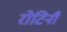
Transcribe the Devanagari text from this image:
रोटिनी